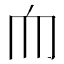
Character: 𦓐